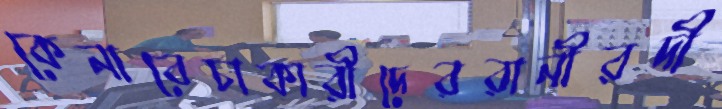
কেনাবেচাকারীদেররানীরদী